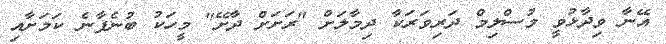
އޭނާ ވިދާޅުވީ މުސްލިމް ދަރިވަރަކާ ދިމާލަށް "ރަށަށް ދާށޭ" މީހަކު ބުނެފާނެ ކަމަށާއި